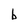
Character: b